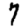
Digit: 7